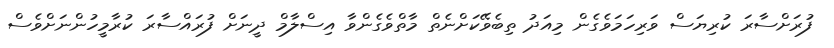
ފުރަށްސާރަ ކުރިޔަސް ވަރިހަމަވެގެން މިއަދު ތިބެވޭކަށްނެތް މާތްވެގެންވާ އިސްލާމް ދީނަށް ފުރައްސާރަ ކުރާމީހުންނަށްވެސް